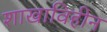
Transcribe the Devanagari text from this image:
शाखाविहीन